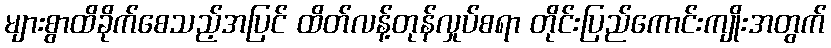
များစွာထိခိုက်စေသည့်အပြင် ထိတ်လန့်တုန်လှုပ်စရာ တိုင်းပြည်ကောင်းကျိုးအတွက်